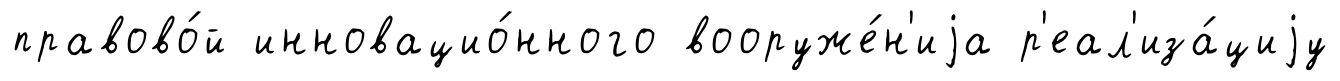
правово́й инновацио́нного вооруже́н'иjа р'еал'иза́циjу